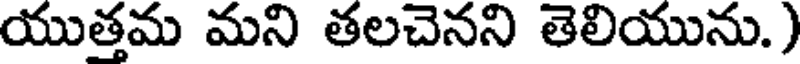
యుత్తమ మని తలచెనని తెలియును.)